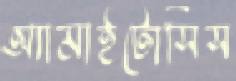
অ্যামাইটোসিস